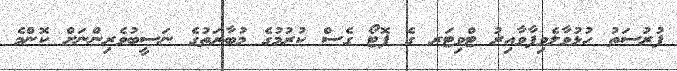
ފުރުސަތު ހުޅުވާލެވިފާވާއިރު ޓްވިޓަރ ގެ ފޮޓޯ ގެސް ކުރުމުގެ މުބާރަތުގެ ނަސީބުވެރިންނަށް ކޮންމެ